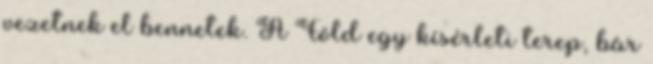
vezetnek el bennetek. A Föld egy kísérleti terep, bár